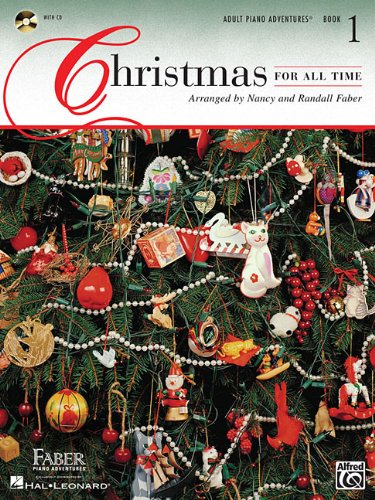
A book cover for Christmas For All Time L1 (Adult Piano Adventures); Nancy Faber; Christian Books & Bibles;